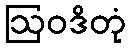
ဩဝဒိတုံ